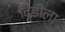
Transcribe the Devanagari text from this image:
दिंडीला